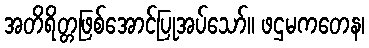
အတိရိတ္တဖြစ်အောင်ပြုအပ်သော်။ ဖဌမကတေန၊